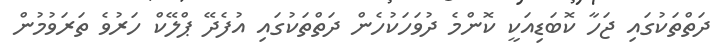
ދަތްތަކުގައި ޖަހާ ކޮބަޑިއަކީ ކޮންމެ ދުވަހަކުހެން ދަތްތަކުގައި އުފެދޭ ޕްލޭކް ހަރުވެ ތަރަވުމުން